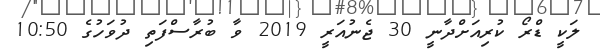
ލަކީ ޑްރޯ ކުރިއަށްދާނީ 30 ޖެނުއަރީ 2019 ވާ ބުރާސްފަތި ދުވަހުގެ 10:50